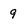
Character: 9